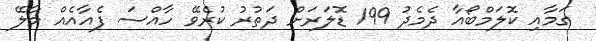
ގަމާއި ކޮލަމްބޯއާ ދެމެދު 199 ޑޮލަރަށް ދަތުރު ކުރެވޭ ހާއްސަ ފެއާއެއް މާލޭ